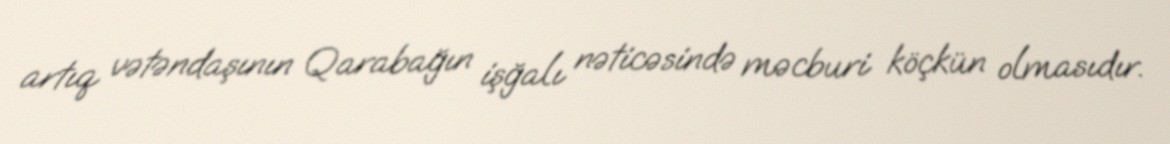
artıq vətəndaşının Qarabağın işğalı nəticəsində məcburi köçkün olmasıdır.